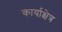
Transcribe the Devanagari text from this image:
कार्याक्षेत्र